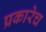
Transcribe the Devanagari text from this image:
प्रकारेच